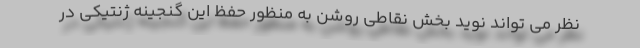
نظر می تواند نوید بخش نقاطی روشن به منظور حفظ این گنجینه ژنتیکی در